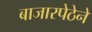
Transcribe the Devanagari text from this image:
बाजारपेठेने